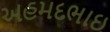
અહમદભાઇ